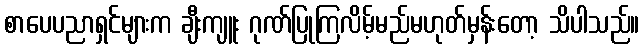
စာပေပညာရှင်များက ချီးကျူး ဂုဏ်ပြုကြလိမ့်မည်မဟုတ်မှန်းတော့ သိပါသည်။